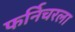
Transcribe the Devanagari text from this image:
फर्निचरला